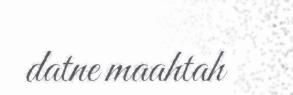
datne maahtah